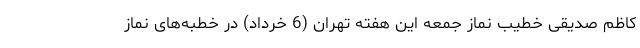
کاظم صدیقی خطیب نماز جمعه این هفته تهران (6 خرداد) در خطبه‌های نماز